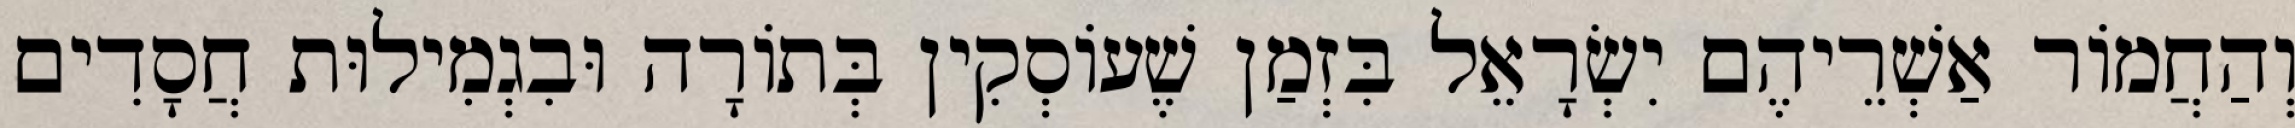
וְהַחֲמוֹר אַשְׁרֵיהֶם יִשְׂרָאֵל בִּזְמַן שֶׁעוֹסְקִין בְּתוֹרָה וּבִגְמִילוּת חֲסָדִים